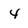
Character: 4